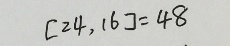
[ 2 4 , 1 6 ] = 4 8